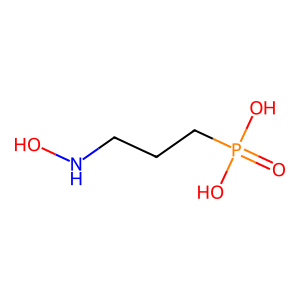
SMILES: O=P(O)(O)CCCNO
Inhibits HIV replication: No